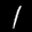
Label: 1